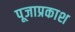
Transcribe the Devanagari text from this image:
पूजाप्रकाश